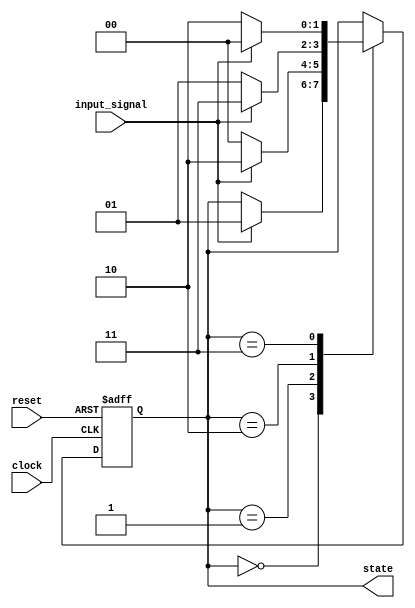
module state_machine (
    input wire clock,          // Clock signal
    input wire reset,          // Asynchronous reset signal
    input wire input_signal,   // Input signal for state transition
    output reg [1:0] state     // 2-bit state output
);

    // State encoding
    localparam STATE_0 = 2'b00;
    localparam STATE_1 = 2'b01;
    localparam STATE_2 = 2'b10;
    localparam STATE_3 = 2'b11;

    // Sequential logic block triggered on the rising edge of the clock
    always @(posedge clock or posedge reset) begin
        if (reset) begin
            // Asynchronous reset: initialize state to STATE_0
            state <= STATE_0;
        end else begin
            // State transition logic
            case (state)
                STATE_0: begin
                    if (input_signal) begin
                        state <= STATE_1;
                    end
                end
                STATE_1: begin
                    if (input_signal) begin
                        state <= STATE_2;
                    end else begin
                        state <= STATE_0;
                    end
                end
                STATE_2: begin
                    if (input_signal) begin
                        state <= STATE_3;
                    end else begin
                        state <= STATE_1;
                    end
                end
                STATE_3: begin
                    if (input_signal) begin
                        state <= STATE_0;
                    end else begin
                        state <= STATE_2;
                    end
                end
                default: state <= STATE_0; // Default case for safety
            endcase
        end
    end

endmodule